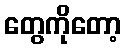
တွေကိုတော့